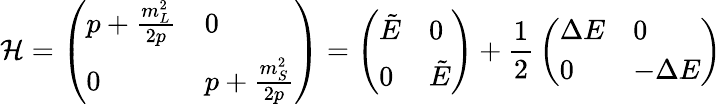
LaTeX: \mathcal{H}=\left(\begin{array}{ll}{{p+\frac{m_{L}^{2}}{2p}}}&{{0}}\\ {{0}}&{{p+\frac{m_{S}^{2}}{2p}}}\end{array}\right)=\left(\begin{array}{ll}{{\tilde{E}}}&{{0}}\\ {{0}}&{{\tilde{E}}}\end{array}\right)+{\frac{{1}}{{2}}}\left(\begin{array}{ll}{{\Delta E}}&{{0}}\\ {{0}}&{{-\Delta E}}\end{array}\right)